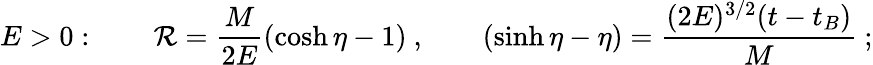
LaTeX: E>0:~~~~~~~~\mathcal{R}={\frac{{M}}{{2E}}}(\cosh\eta-1)~,~~~~~~~~(\sinh\eta-\eta)={\frac{{(2E)^{3/2}(t-t_{B})}}{{M}}}~;